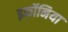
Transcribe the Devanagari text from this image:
इर्कोनिया